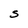
Character: S